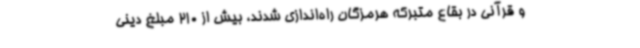
و قرآنی در بقاع متبرکه هرمزگان راه‌اندازی شدند، بیش از 210 مبلغ دینی